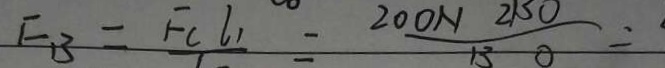
E _ { B } = F _ { l } _ { 1 } = \frac { 2 0 0 N 1 2 3 0 } { 1 3 0 } =